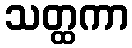
သတ္ထကာ